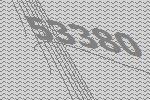
53380